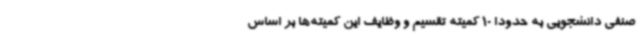
صنفی دانشجویی به حدودا 10 کمیته تقسیم و وظایف این کمیته‌ها بر اساس